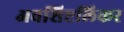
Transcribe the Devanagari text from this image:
अवशिष्टलिकर